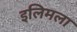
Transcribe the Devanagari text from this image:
इलिमला